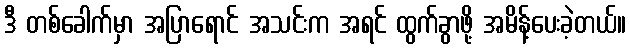
ဒီ တစ်ခေါက်မှာ အပြာရောင် အသင်းက အရင် ထွက်ခွာဖို့ အမိန့်ပေးခဲ့တယ်။